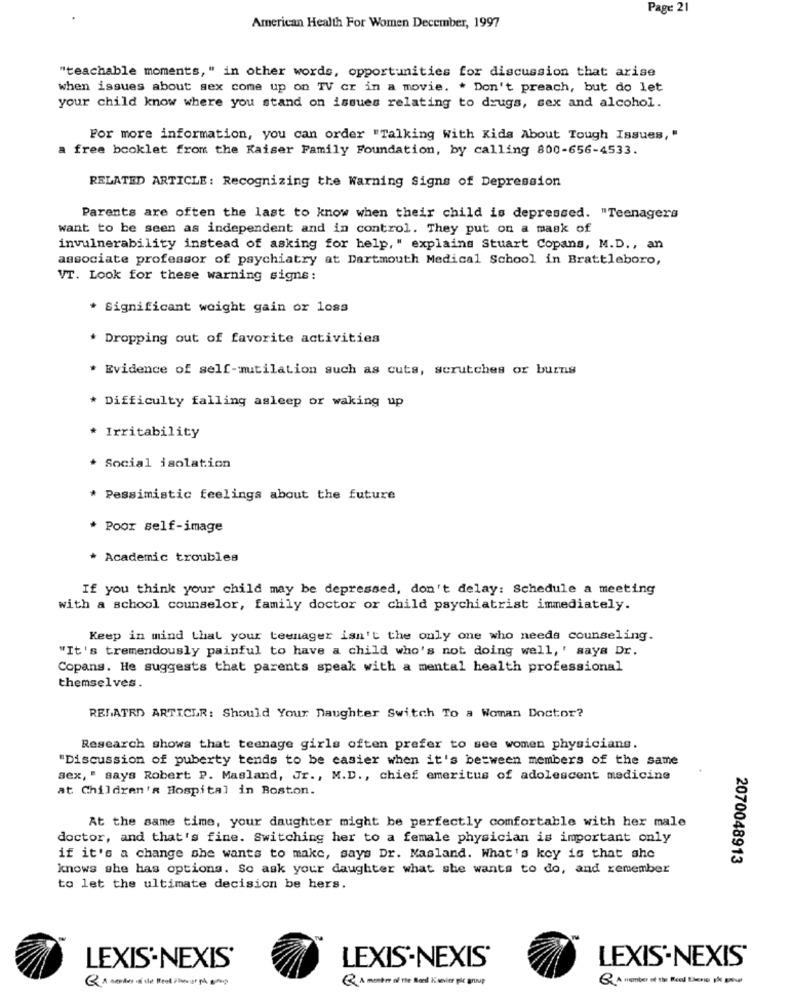
Page 21
American Health For Women December, 1997
"teachable moments, " in other words, opportunities for discussion that arise
when issues about sex come up on TV cr in a movie. * Don't preach, but do let
your child know where you stand on issues relating to drugs, sex and alcohol.
For more information, you can order "Talking With Kids About Tough Issues, "
a free booklet from the Kaiser Family Foundation, by calling 800-656-4533.
RELATED ARTICLE: Recognizing the Warning Signs of Depression
Parents are often the last to know when their child is depressed. "Teenagers
want to be seen as independent and in control. They put on a mask of
invulnerability instead of asking for help, " explains Stuart Copans, M.D ., an
associate professor of psychiatry at Dartmouth Medical School in Brattleboro,
VT. Look for these warning signs:
* Significant weight gain or loss
* Dropping out of favorite activities
* Evidence of self-mutilation such as cuts, scrutches or burns
* Difficulty falling asleep or waking up
* Irritability
* Social isolation
* Pessimistic feelings about the future
* Poor self-image
* Academic troubles
If you think your child may be depressed, don't delay: Schedule a meeting
with a school counselor, family doctor or child psychiatrist immediately.
Keep in mind that your teenager isn't the only one who needs counseling.
"It's tremendously painful to have a child who's not doing well, ' says Dr.
Copans. He suggests that parents speak with a mental health professional
themselves.
RELATED ARTICLR: Should Your Daughter Switch To a Woman Doctor?
Research shows that teenage girls often prefer to see women physicians.
"Discussion of puberty tends to be easier when it's between members of the same
sex, " says Robert P. Masland, Jr ., M.D ., chief emeritus of adolescent medicine
at Children's Hospital in Boston.
At the same time, your daughter might be perfectly comfortable with her male
doctor, and that's fine. Switching her to a female physician is important only
if it's a change she wants to make, says Dr. Masland. What's key is that she
2070048913
knows she has options. So ask your daughter what she wants to do, and remember
to let the ultimate decision be hers.
LEXIS-NEXIS'
LEXIS-NEXIS'
LEXIS'-NEXIS'
Q A member of the Road Eine på group
Q A member of the Bond Kisvier pic group